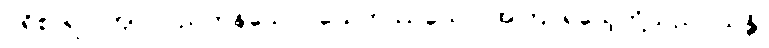
ပရိစာရာ၊ ကျင်လည်ကုန်သော။ ယေဣဿယော၊ အကြင်ရသေ့တို့သည်။ သန္တိ၊